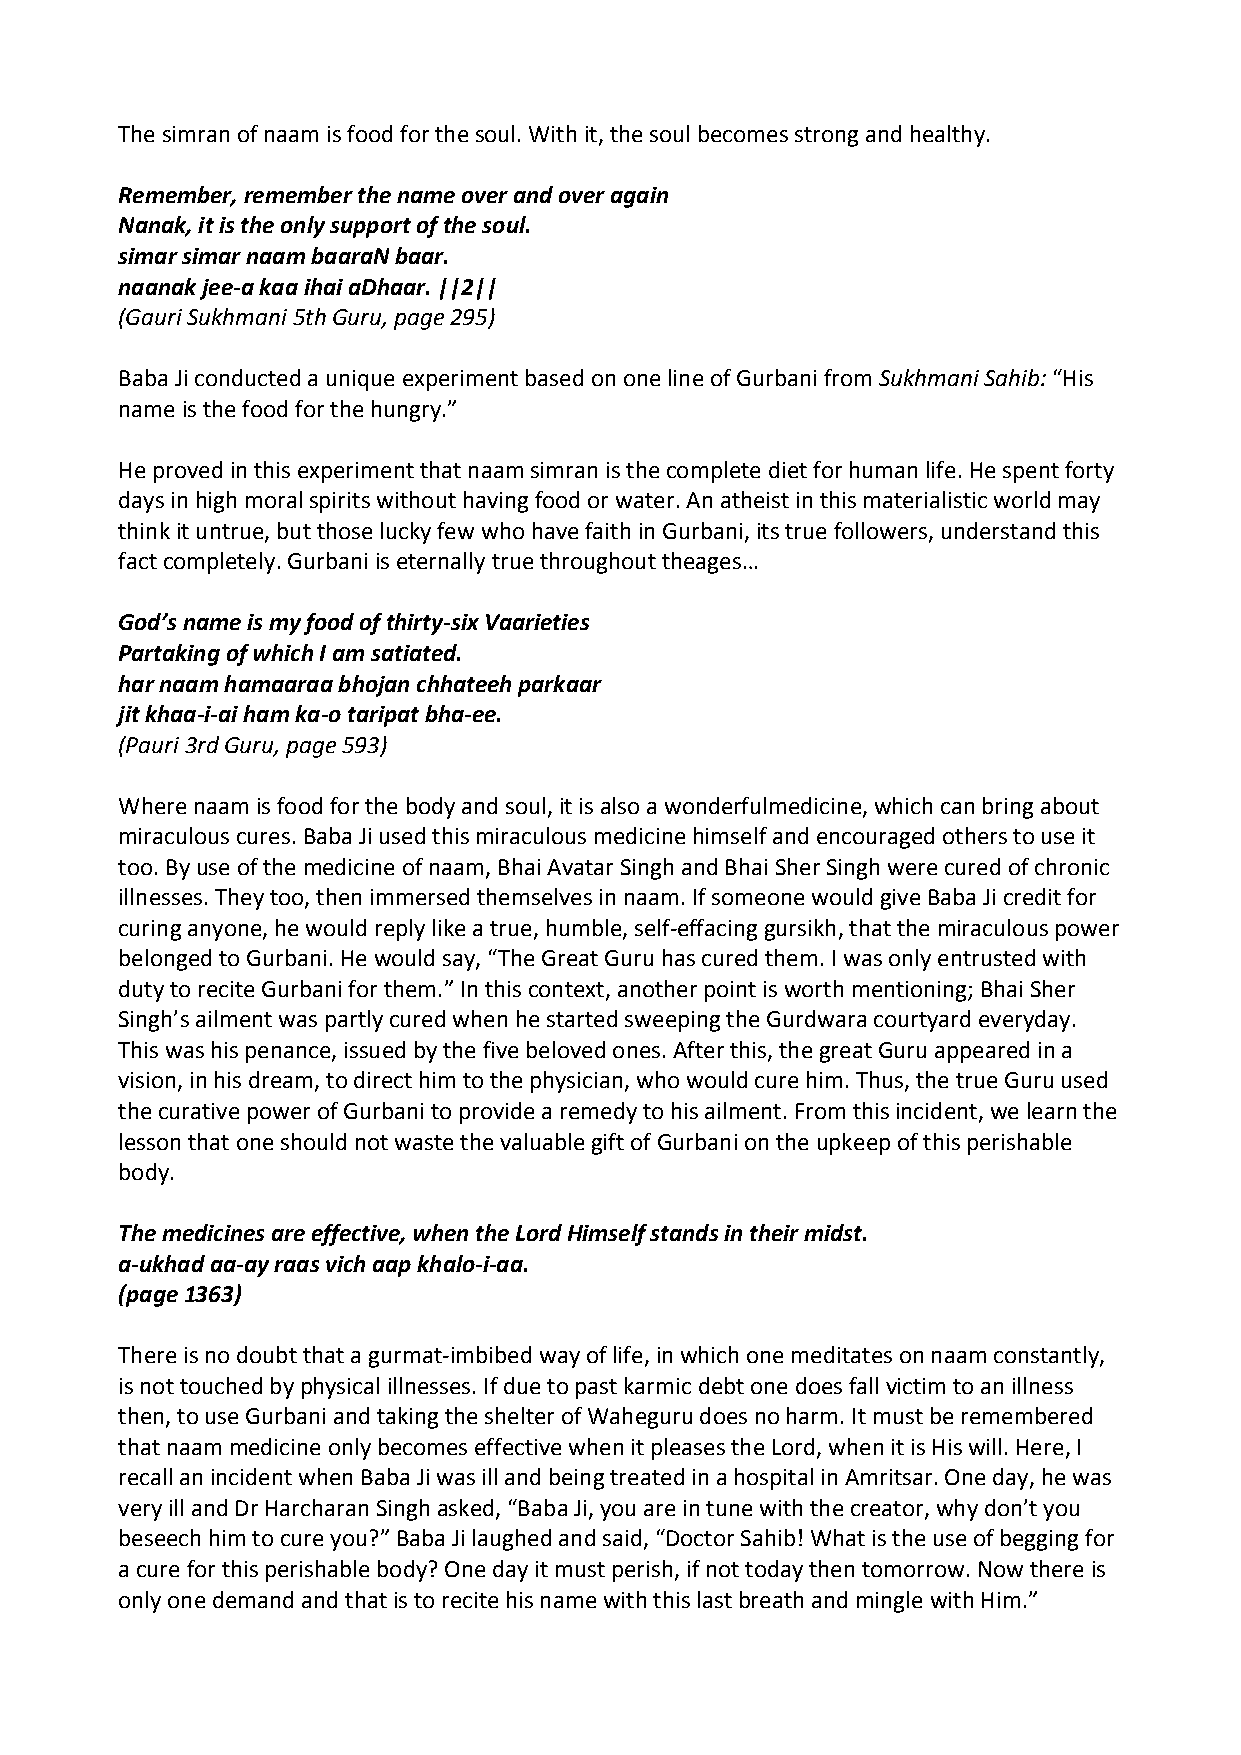
The simran of naam is food for the soul. With it, the soul becomes strong and healthy.
 Remember, remember the name over and over again
 Nanak, it is the only support of the soul.
 simar simar naam baaraN baar.
 naanak jee‐a kaa ihai aDhaar. ||2||
 (Gauri Sukhmani 5th Guru, page 295)
 Baba Ji conducted a unique experiment based on one line of Gurbani from Sukhmani Sahib: “His
 name is the food for the hungry.”
 He proved in this experiment that naam simran is the complete diet for human life. He spent forty
 days in high moral spirits without having food or water. An atheist in this materialistic world may
 think it untrue, but those lucky few who have faith in Gurbani, its true followers, understand this
 fact completely. Gurbani is eternally true throughout theages…
 God’s name is my food of thirty‐six Vaarieties
 Partaking of which I am satiated.
 har naam hamaaraa bhojan chhateeh parkaar
 jit khaa‐i‐ai ham ka‐o taripat bha‐ee.
 (Pauri 3rd Guru, page 593)
 Where naam is food for the body and soul, it is also a wonderfulmedicine, which can bring about
 miraculous cures. Baba Ji used this miraculous medicine himself and encouraged others to use it
 too. By use of the medicine of naam, Bhai Avatar Singh and Bhai Sher Singh were cured of chronic
 illnesses. They too, then immersed themselves in naam. If someone would give Baba Ji credit for
 curing anyone, he would reply like a true, humble, self‐effacing gursikh, that the miraculous power
 belonged to Gurbani. He would say, “The Great Guru has cured them. I was only entrusted with
 duty to recite Gurbani for them.” In this context, another point is worth mentioning; Bhai Sher
 Singh’s ailment was partly cured when he started sweeping the Gurdwara courtyard everyday.
 This was his penance, issued by the five beloved ones. After this, the great Guru appeared in a
 vision, in his dream, to direct him to the physician, who would cure him. Thus, the true Guru used
 the curative power of Gurbani to provide a remedy to his ailment. From this incident, we learn the
 lesson that one should not waste the valuable gift of Gurbani on the upkeep of this perishable
 body.
 The medicines are effective, when the Lord Himself stands in their midst.
 a‐ukhad aa‐ay raas vich aap khalo‐i‐aa.
 (page 1363)
 There is no doubt that a gurmat‐imbibed way of life, in which one meditates on naam constantly,
 is not touched by physical illnesses. If due to past karmic debt one does fall victim to an illness
 then, to use Gurbani and taking the shelter of Waheguru does no harm. It must be remembered
 that naam medicine only becomes effective when it pleases the Lord, when it is His will. Here, I
 recall an incident when Baba Ji was ill and being treated in a hospital in Amritsar. One day, he was
 very ill and Dr Harcharan Singh asked, “Baba Ji, you are in tune with the creator, why don’t you
 beseech him to cure you?” Baba Ji laughed and said, “Doctor Sahib! What is the use of begging for
 a cure for this perishable body? One day it must perish, if not today then tomorrow. Now there is
 only one demand and that is to recite his name with this last breath and mingle with Him.”